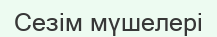
Сезім мүшелері